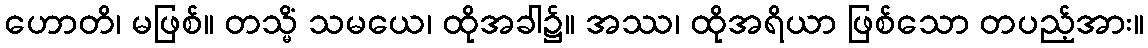
ဟောတိ၊ မဖြစ်။ တသ္မိံ သမယေ၊ ထိုအခါ၌။ အဿ၊ ထိုအရိယာ ဖြစ်သော တပည့်အား။